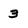
Character: 3